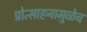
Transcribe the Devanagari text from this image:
प्रोत्साहनामुळेच